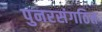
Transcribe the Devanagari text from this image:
पुनरसंगठित